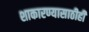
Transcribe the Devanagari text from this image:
शाकारण्यासाठीही